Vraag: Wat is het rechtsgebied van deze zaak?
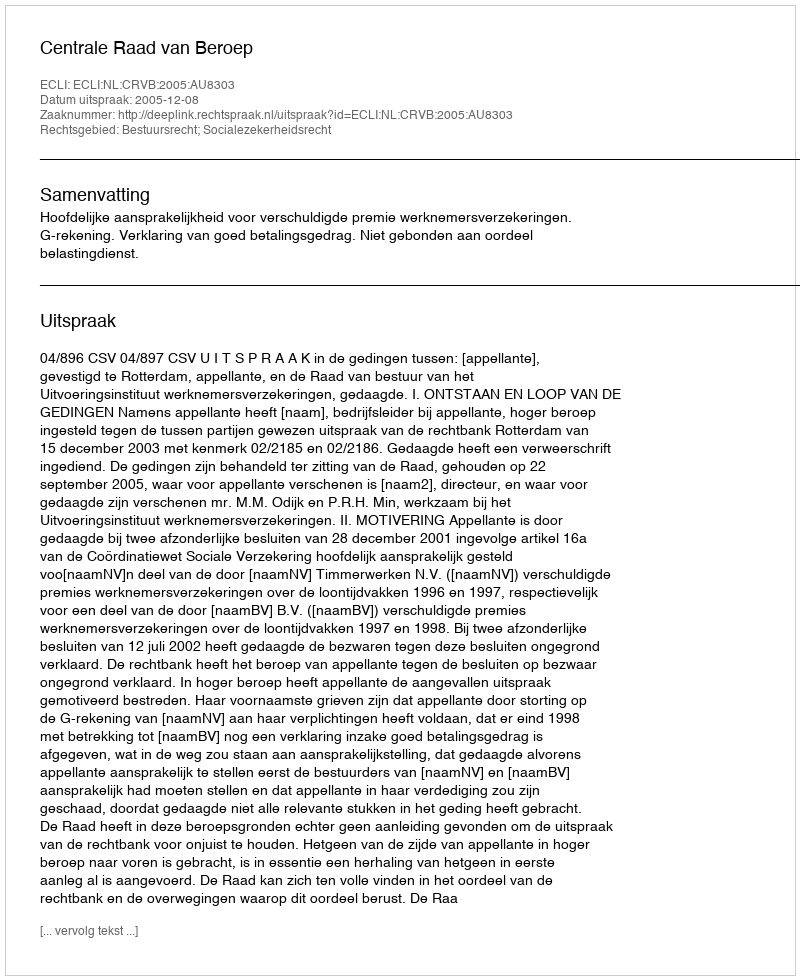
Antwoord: Bestuursrecht; Socialezekerheidsrecht